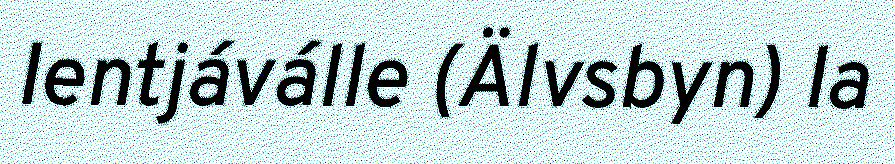
Ientjáválle (Älvsbyn) la